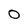
Character: 0